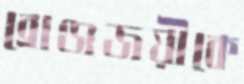
ব্রোঞ্জজয়ীকে